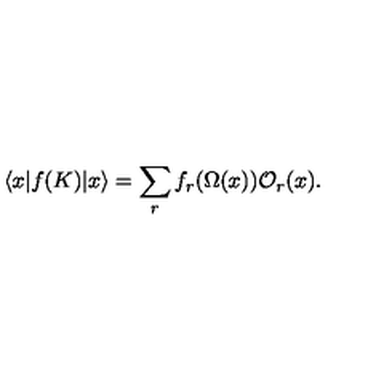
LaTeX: \langle x | f ( K ) | x \rangle = \sum _ { r } f _ { r } ( \Omega ( x ) ) { \cal O } _ { r } ( x ) .